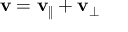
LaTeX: \mathbf { v } = \mathbf { v } _ { \| } + \mathbf { v } _ { \perp }